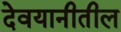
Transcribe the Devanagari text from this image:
देवयानीतील